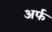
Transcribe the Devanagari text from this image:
अर्फ